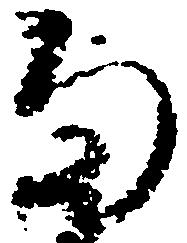
雨